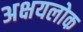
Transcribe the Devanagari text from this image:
अक्षयलोक